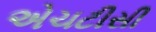
એચટીસી